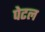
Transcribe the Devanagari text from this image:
पेटल